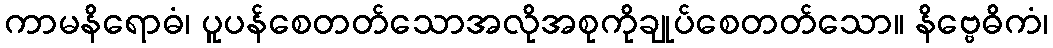
ကာမနိရောဓံ၊ ပူပန်စေတတ်သောအလိုအစုကိုချုပ်စေတတ်သော။ နိဗ္ဗေဓိကံ၊